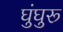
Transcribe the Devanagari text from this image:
घुंघुरू